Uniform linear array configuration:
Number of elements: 16
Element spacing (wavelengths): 1
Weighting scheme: blackman
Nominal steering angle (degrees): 30
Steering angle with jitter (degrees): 28.198
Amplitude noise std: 0.05
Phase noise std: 0.05

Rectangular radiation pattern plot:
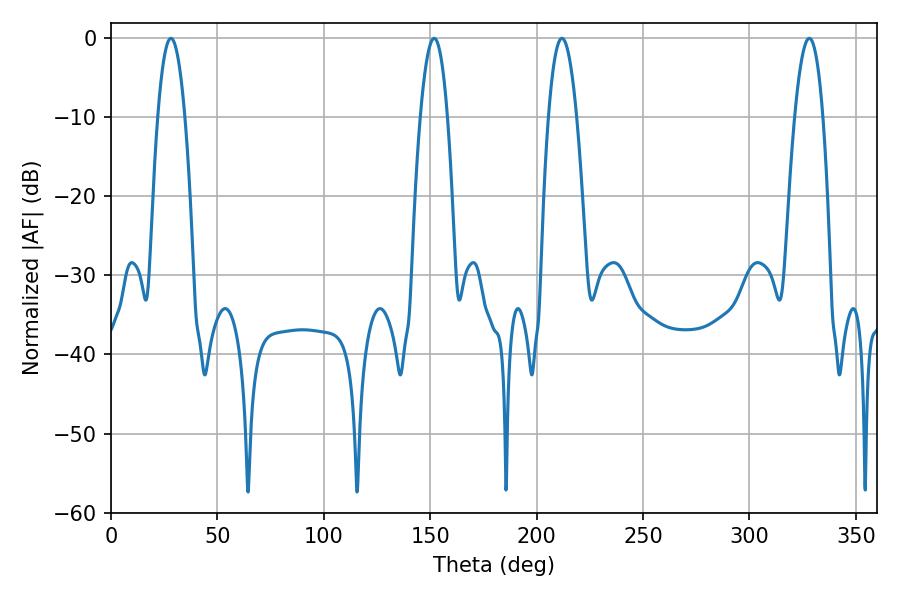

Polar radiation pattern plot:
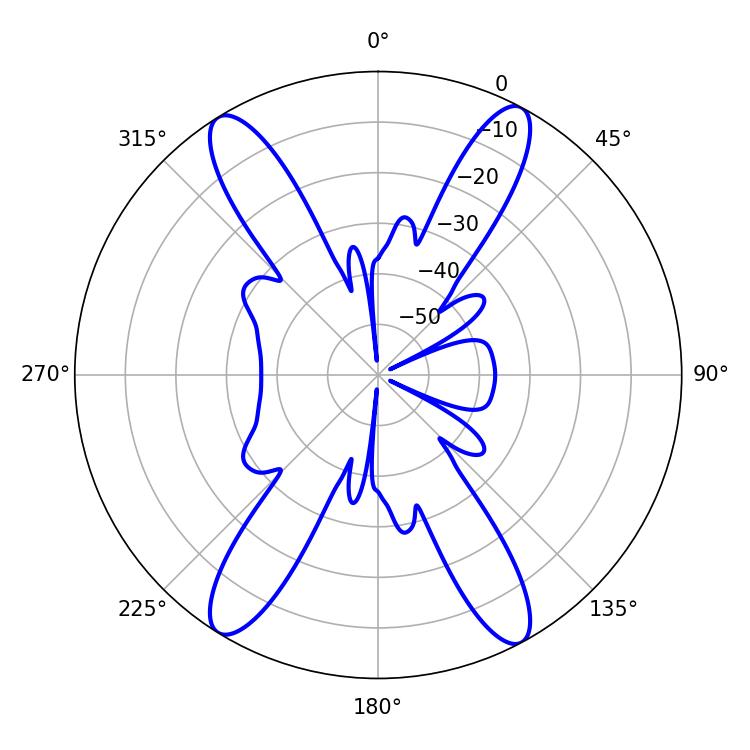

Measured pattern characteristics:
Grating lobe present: TRUE
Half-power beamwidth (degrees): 7.38
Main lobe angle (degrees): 211.86